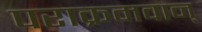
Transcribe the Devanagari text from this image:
पराक्रमवान्